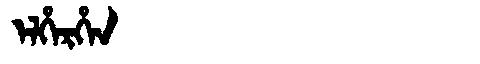
Manchu: ᡝᠯᡥᡝᡵᡥᡝᠨ
Romanization: ELHERHEN